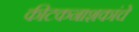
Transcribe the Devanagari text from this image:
कीटकनाशकांचे